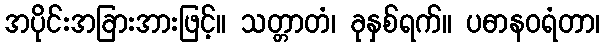
အပိုင်းအခြားအားဖြင့်။ သတ္တာတံ၊ ခုနှစ်ရက်။ ပဓာနဝရံတာ၊